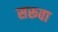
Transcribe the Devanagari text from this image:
सरूवा